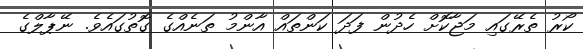
ކޯރު ތެރޭގައި މަޖާކޮށް ހެދުން ފަދަ ކަންތައް އާންމު ތަނެއްގެ ގޮތުގައެވެ. ނޭޕާލްގެ